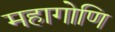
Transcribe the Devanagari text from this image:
महागोणि